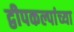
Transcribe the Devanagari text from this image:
द्वीपकल्पांच्या